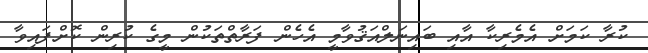
ކުރާ ކަމަށް އެމެރިކާ އާއި ބައިނަލްއަޤުވާމީ އެހެން ފަރާތްތަކުން މީގެ ކުރިން ކޮށްފައިވާ